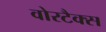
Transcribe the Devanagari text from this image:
वोरटैक्स